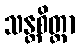
သန္တစိတ္တာ